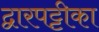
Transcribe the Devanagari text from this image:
द्वारपट्टीका